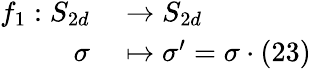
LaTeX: \begin{array}{rl}{f_{1}:S_{2d}}&{{}\to S_{2d}}\\ {\sigma}&{{}\mapsto\sigma^{\prime}=\sigma\cdot(23)}\end{array}